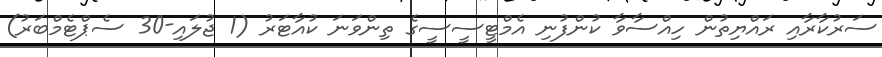
ސަރުކާރާއި ރައްޔިތުން ހިއްސާވާ ކުންފުނި އެމްޓީސީސީގެ ތިންވަނަ ކުއާޓަރު (1 ޖުލައި-30 ސެޕްޓެމްބަރު)